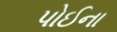
પોઈના